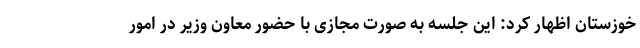
خوزستان اظهار کرد: این جلسه به صورت مجازی با حضور معاون وزیر در امور